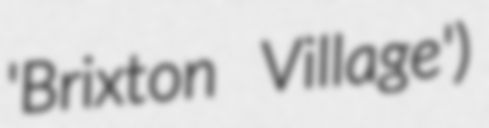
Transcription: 'Brixton Village')